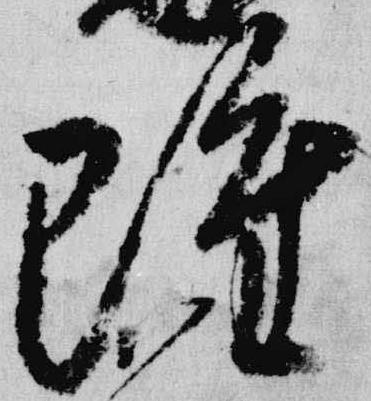
雖